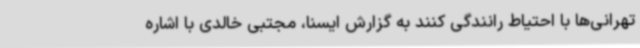
تهرانی‌ها با احتیاط رانندگی کنند به گزارش ایسنا، مجتبی خالدی با اشاره